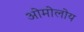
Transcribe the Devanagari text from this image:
ओमोलोय